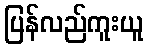
ပြန်လည်ကူးယူ